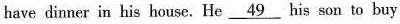
have dinner in his house. He \underline{49} his son to buy